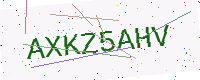
Text: AXKZ5AHV